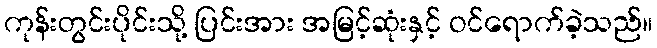
ကုန်းတွင်းပိုင်းသို့ ပြင်းအား အမြင့်ဆုံးနှင့် ဝင်ရောက်ခဲ့သည်။